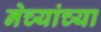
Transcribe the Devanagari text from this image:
नेच्यांच्या